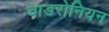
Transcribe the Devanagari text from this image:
चाडरोनियन